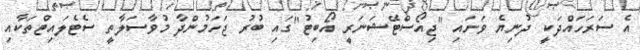
އެ ސަރަހައްދަކީ ދުނިޔެ ވަށައި "ޖިއޯސްޓޭޝަނަރީ އޯބިޓު"ގައި ބުރު ޖަހަމުންދާ މުވާސަލާތީ ސެޓެލައިޓްތަކާއި